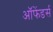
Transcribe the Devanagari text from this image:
ऑफेंडर्स